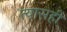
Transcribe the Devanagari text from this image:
त्यासही